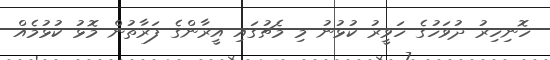
ހޮނިހިރު ދުވަހުގެ ހަވީރު ކުޅުނު މި މެޗުގައި އީރާންގެ ފަރާތުން މޮޅު ކުޅުމެއް